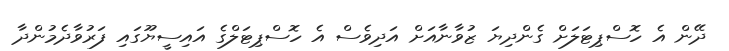
ދޭން އެ ހޮސްޕިޓަލަށް ގެންދިޔަ ޒުވާނާއަށް އަދިވެސް އެ ހޮސްޕިޓަލްގެ އައިސީޔޫގައި ފަރުވާދެމުންދާ